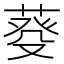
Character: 𦳠